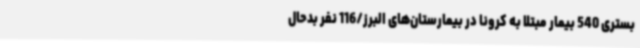
بستری 540 بیمار مبتلا به کرونا در بیمارستان‌های البرز/116 نفر بدحال